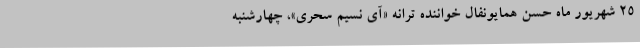
25 شهریور ماه حسن همایونفال خواننده ترانه «آی نسیم سحری»، چهارشنبه